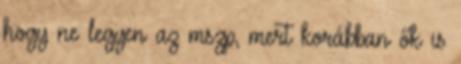
hogy ne legyen az mszp, mert korábban ők is